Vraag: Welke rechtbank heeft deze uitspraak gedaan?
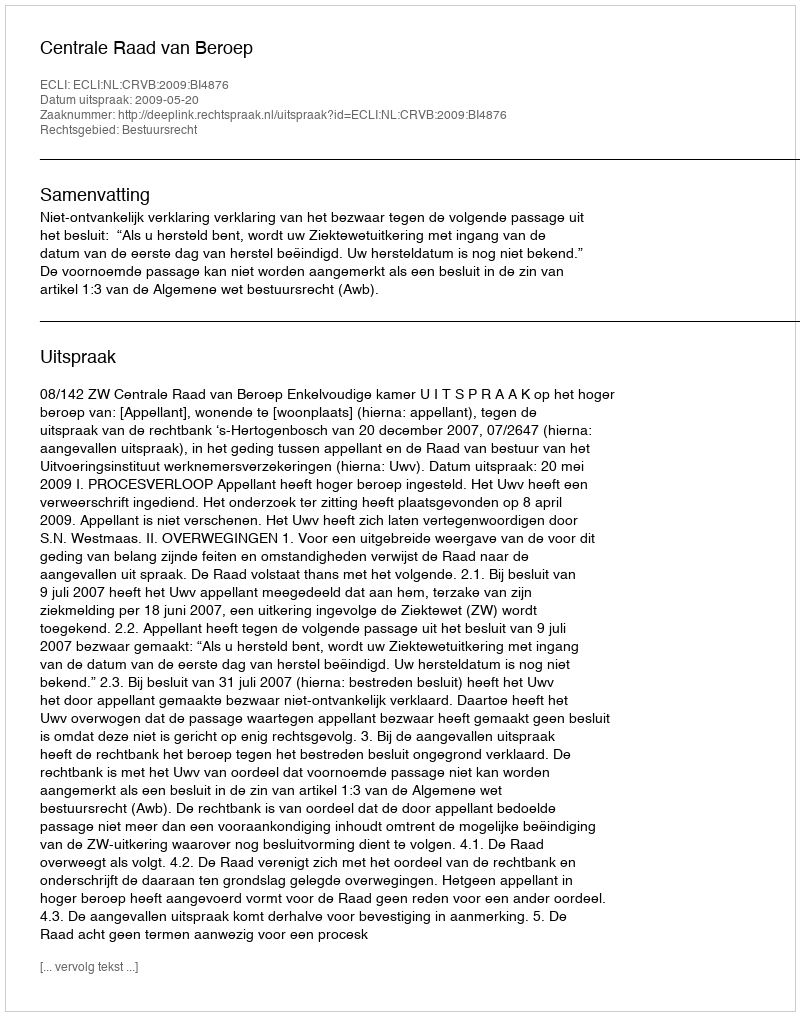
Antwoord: Centrale Raad van Beroep